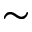
\sim